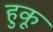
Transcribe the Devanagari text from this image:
हुकू